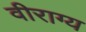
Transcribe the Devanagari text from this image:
वीराग्य